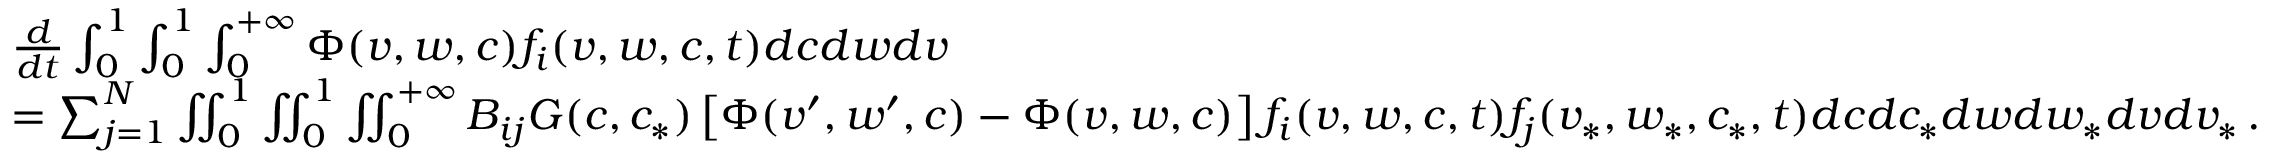
\begin{array} { r l } & { \frac { d } { d t } \int _ { 0 } ^ { 1 } \int _ { 0 } ^ { 1 } \int _ { 0 } ^ { + \infty } \Phi ( v , w , c ) f _ { i } ( v , w , c , t ) d c d w d v } \\ & { = \sum _ { j = 1 } ^ { N } \iint _ { 0 } ^ { 1 } \iint _ { 0 } ^ { 1 } \iint _ { 0 } ^ { + \infty } B _ { i j } G ( c , c _ { * } ) \left[ \Phi ( v ^ { \prime } , w ^ { \prime } , c ) - \Phi ( v , w , c ) \right] f _ { i } ( v , w , c , t ) f _ { j } ( v _ { * } , w _ { * } , c _ { * } , t ) d c d c _ { * } d w d w _ { * } d v d v _ { * } \, . } \end{array}